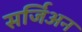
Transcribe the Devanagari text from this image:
सर्जिअन